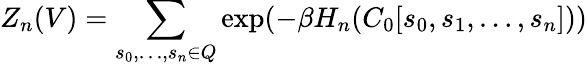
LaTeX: Z_{n}(V)=\sum_{s_{0},\ldots,s_{n}\in Q}\exp(-\beta H_{n}(C_{0}[s_{0},s_{1},\ldots,s_{n}]))